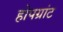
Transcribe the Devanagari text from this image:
होपग्रांट